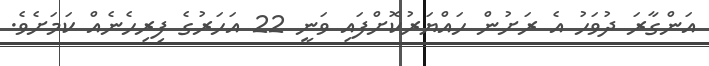
އަންގާރަ ދުވަހު އެ ރަށުން ހައްޔަރުކޮށްފައި ވަނީ 22 އަހަރުގެ ފިރިހެނެއް ކަމަށެވެ.